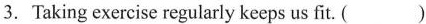
3.Taking exercise regularly keeps us fit. ( )